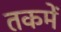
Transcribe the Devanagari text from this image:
तकमें